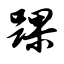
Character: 踝